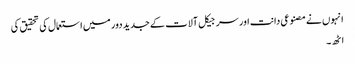
انہوں نے مصنوعی دانت اور سرجیکل آلات کے جدید دور میں استعمال کی تحقیق کی
اٹھ۔